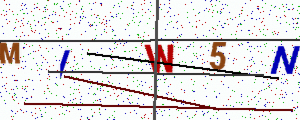
Text: MIW5N